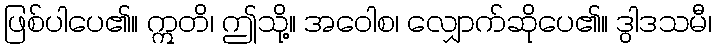
ဖြစ်ပါပေ၏။ ဣတိ၊ ဤသို့။ အဝေါစ၊ လျှောက်ဆိုပေ၏။ ဒွါဒသမီ၊